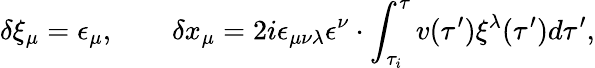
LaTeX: \delta\xi_{\mu}=\epsilon_{\mu},\qquad\delta x_{\mu}=2i\epsilon_{\mu\nu\lambda}\epsilon^{\nu}\cdot\int_{\tau_{i}}^{\tau}v(\tau^{\prime})\xi^{\lambda}(\tau^{\prime})d\tau^{\prime},